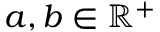
a , b \in \mathbb { R } ^ { + }